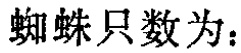
蜘蛛只数为：